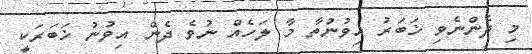
މި ދެންނެވި ޚަބަރު އިވުނުތާ މާ ލަހެއް ނުވެ ދެން އިވުނު ޚަބަރަކީ